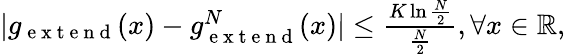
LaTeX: \begin{array}{r}{|g_{\mathrm{~e~x~t~e~n~d~}}(x)-g_{\mathrm{~e~x~t~e~n~d~}}^{N}(x)|\leq\frac{K\ln\frac{N}{2}}{\frac{N}{2}},\forall x\in\mathbb{R},}\end{array}